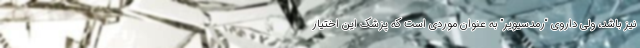
نیز باشد، ولی داروی “رمدسیویر” به عنوان موردی است که پزشک این اختیار